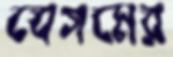
বেগমের